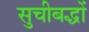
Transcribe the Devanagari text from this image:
सुचीबद्धों